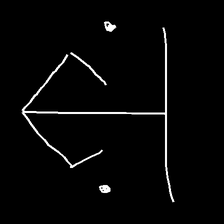
Glyph: earth